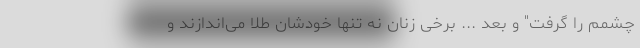
چشمم را گرفت" و بعد ... برخی زنان نه تنها خودشان طلا می‌اندازند و